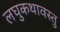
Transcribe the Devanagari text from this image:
लघुकथावस्तु